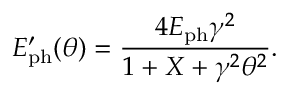
E _ { \mathrm { p h } } ^ { \prime } ( \theta ) = \frac { 4 E _ { \mathrm { p h } } \gamma ^ { 2 } } { 1 + X + \gamma ^ { 2 } \theta ^ { 2 } } .